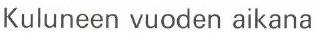
Kuluneen vuoden aikana